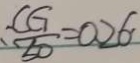
\therefore \frac { C G } { 5 0 } = 0 . 2 6